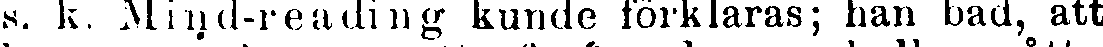
s. k. Mind-reading kunde förklaras; han bad, att